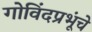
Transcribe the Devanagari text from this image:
गोविंदप्रभूंचे